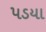
૫ડયા